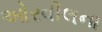
ઓરવીલના